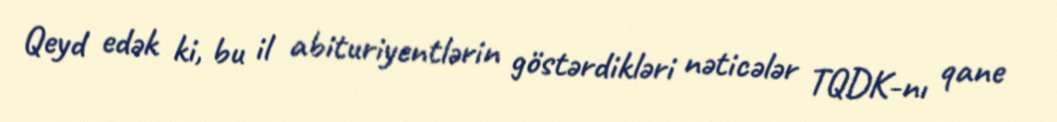
Qeyd edək ki, bu il abituriyentlərin göstərdikləri nəticələr TQDK-nı qane